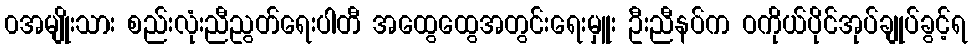
၀အမျိုးသား စည်းလုံးညီညွတ်ရေးပါတီ အထွေထွေအတွင်းရေးမှူး ဦးညီနပ်က ဝကိုယ်ပိုင်အုပ်ချုပ်ခွင့်ရ